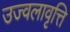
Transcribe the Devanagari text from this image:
उज्वलावृत्ति